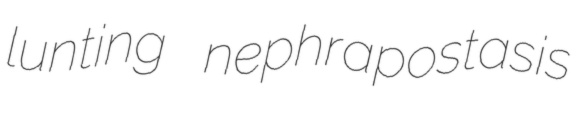
lunting nephrapostasis